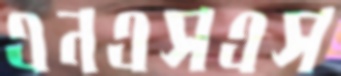
এনএসএস